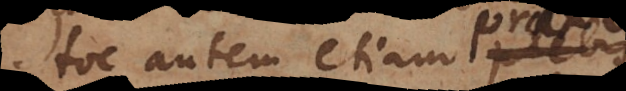
Hoc autem etiam